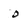
Character: 0